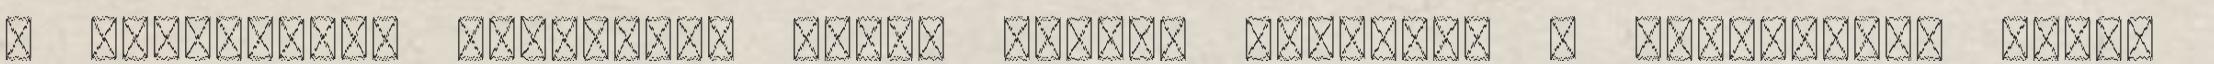
a fészkelési időszakon kívül szabad végezni. A csatornák, árkok